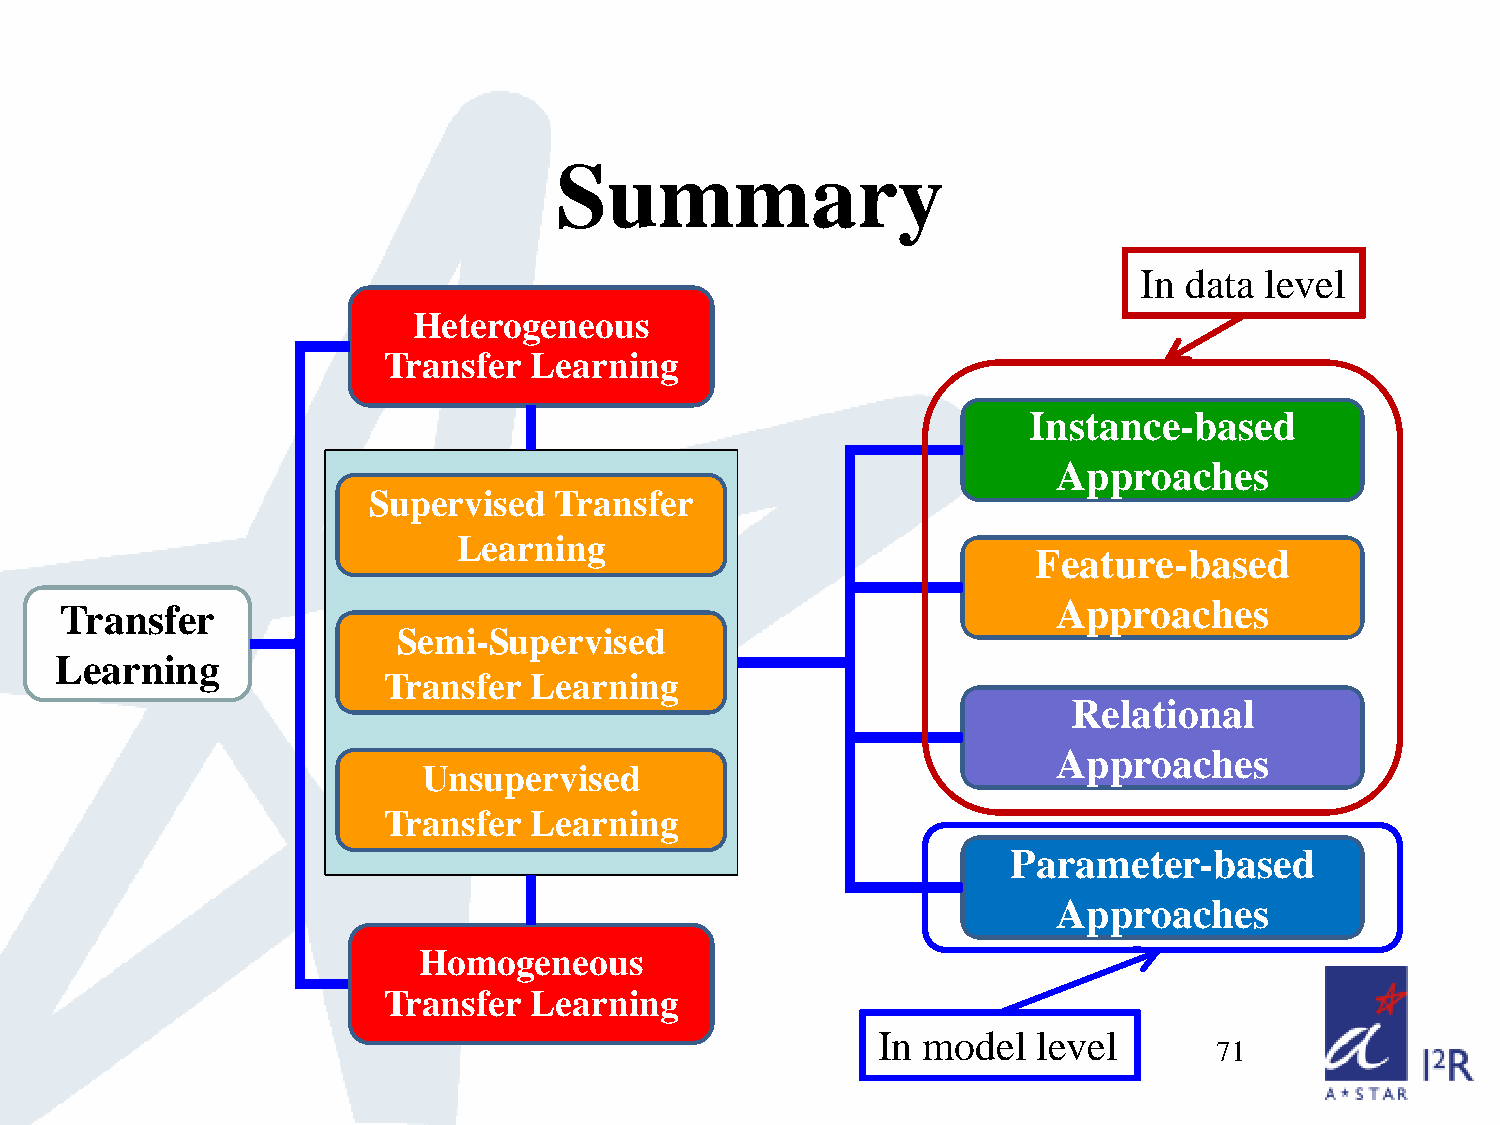
Summary
 In data  level
 Heterogeneous
 Transfer  Learning
 Instance-based
 Approaches
 Supervised   Transfer
 Learning
 Feature-based
 Transfer                                                          Approaches
 Semi-Supervised
 Learning
 Transfer  Learning
 Relational
 Approaches
 Unsupervised
 Transfer  Learning
 Parameter-based
 Approaches
 Homogeneous
 Transfer  Learning
 In model   level
 71